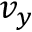
v _ { y }